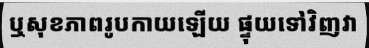
ឬសុខភាពរូបកាយឡើយ ផ្ទុយទៅវិញវា